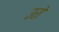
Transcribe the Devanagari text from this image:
उरो